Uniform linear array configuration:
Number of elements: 12
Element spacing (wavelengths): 0.75
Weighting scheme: uniform
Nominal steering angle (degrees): -30
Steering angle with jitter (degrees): -29.325
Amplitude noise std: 0.05
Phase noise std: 0.05

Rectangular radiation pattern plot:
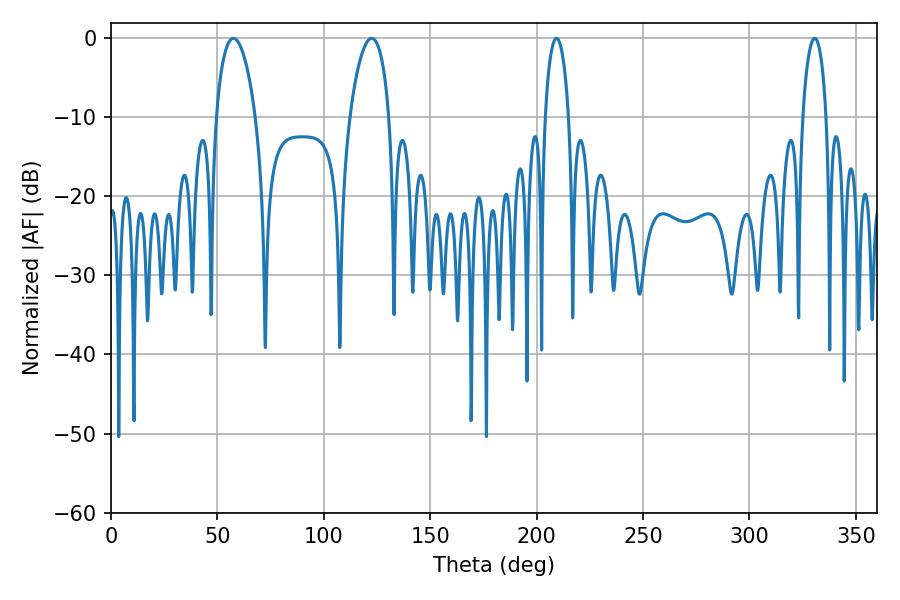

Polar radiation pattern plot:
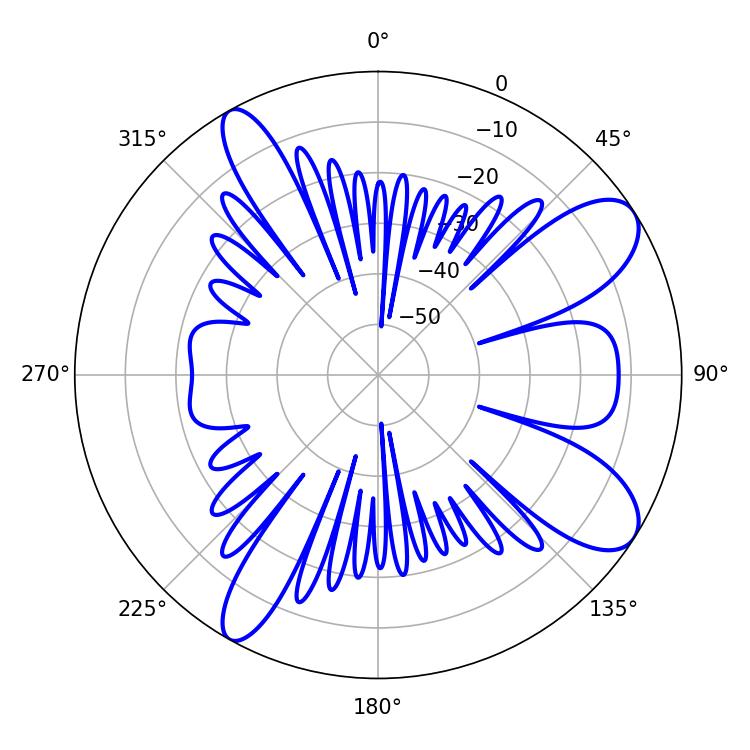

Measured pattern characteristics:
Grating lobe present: TRUE
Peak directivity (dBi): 9.444
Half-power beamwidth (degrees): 6.3
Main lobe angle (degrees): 209.34